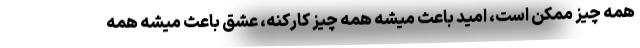
همه چیز ممکن است، امید باعث میشه همه چیز کارکنه، عشق باعث میشه همه